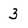
Character: 3